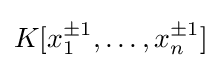
K[x_{1}^{\pm 1},\ldots ,x_{n}^{\pm 1}]